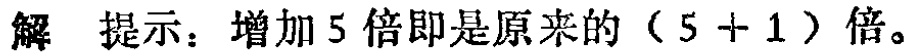
解 提示：增加 5 倍即是原来的（5 + 1）倍。